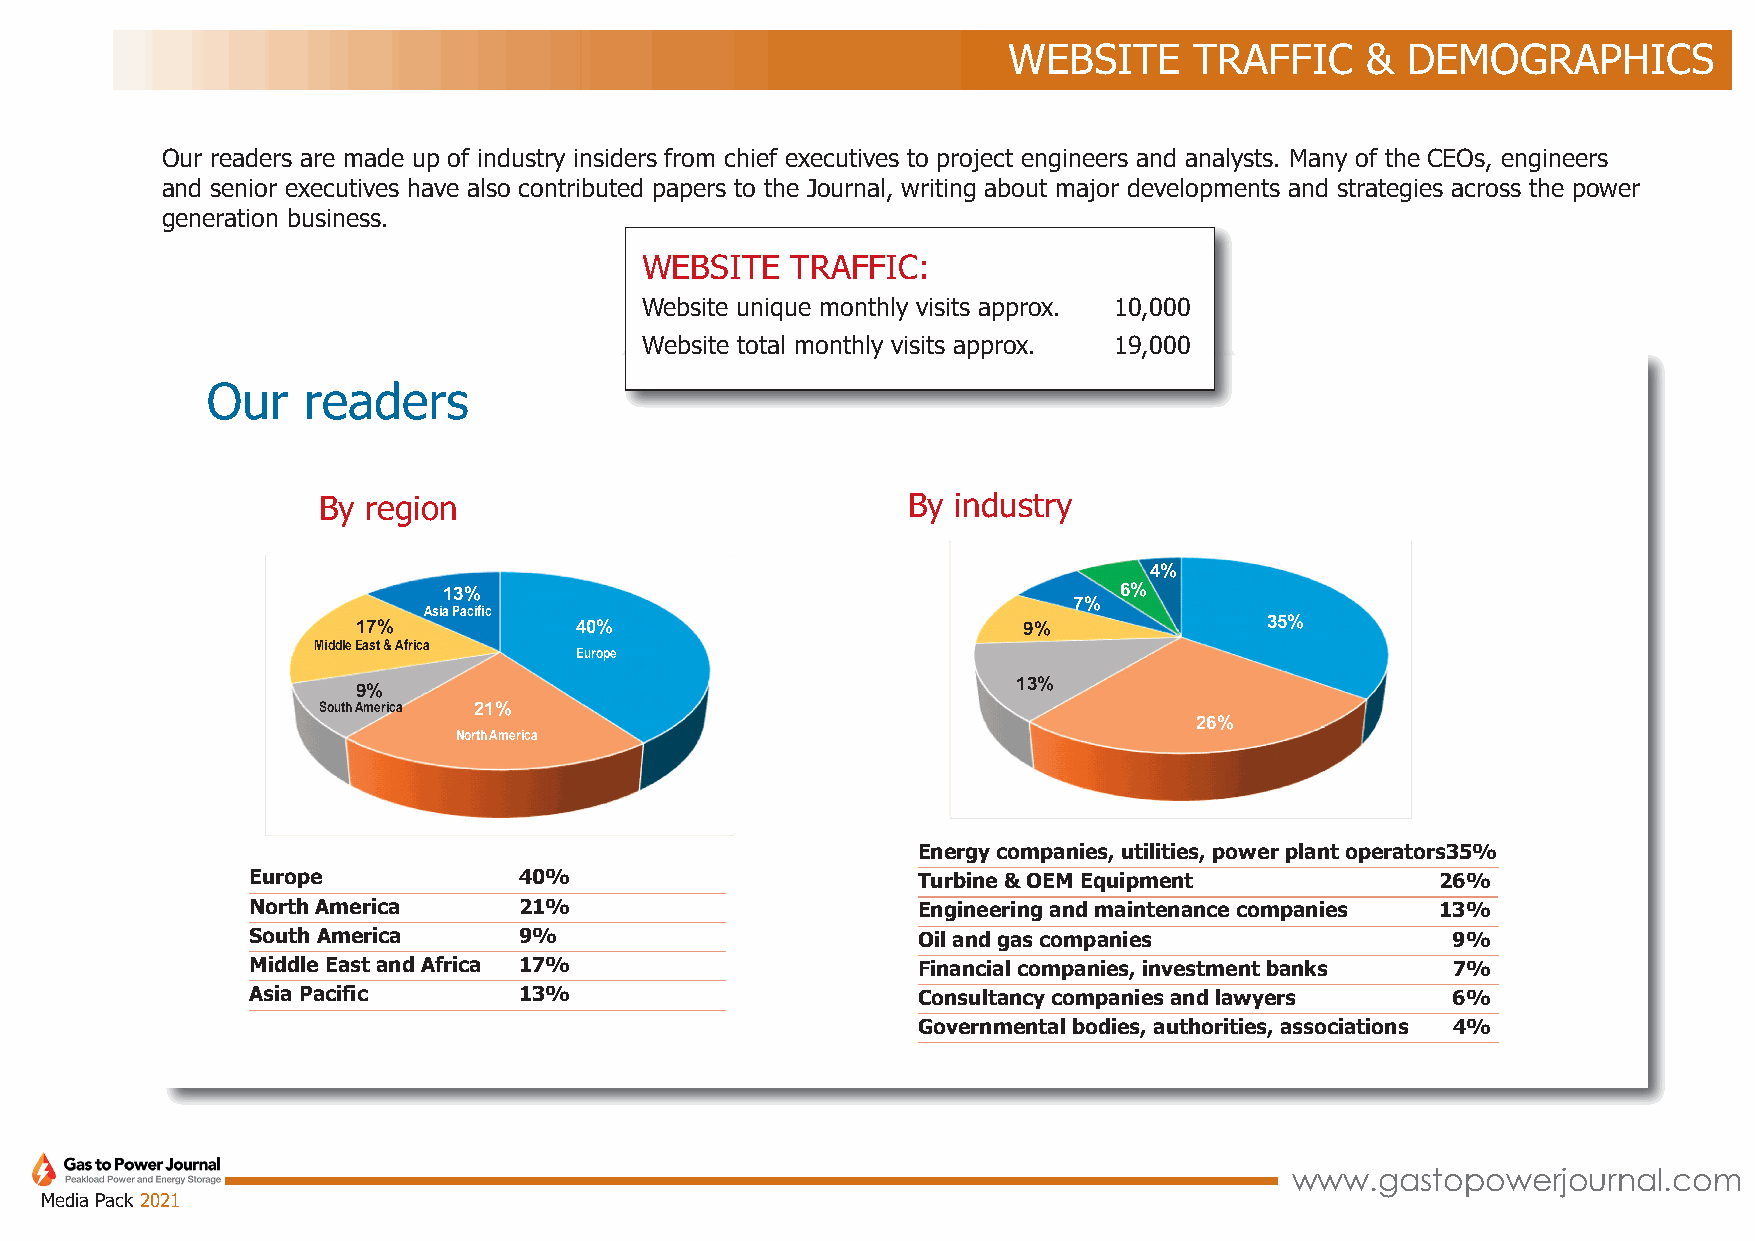
WEBSITE     TRAFFIC    &  DEMOGRAPHICS
 Our readers are made up of industry insiders from chief executives to project engineers and analysts. Many of the CEOs, engineers
 and senior executives have also contributed papers to the Journal, writing about major developments and strategies across the power
 generation business.
 WEBSITE  TRAFFIC:
 Website unique monthly visits approx. 10,000
 Website total monthly visits approx. 19,000
 Our   readers
 By region                              By industry
 4%
 13%                                          6%
 7%
 Asia Pacific
 17%           40%                           9%              35%
 Middle East & Africa
 Europe
 13%
 9%
 South America 21%
 26%
 North America
 Energy companies, utilities, power plant operators35%
 Europe            40%                        Turbine & OEM Equipment           26%
 North America     21%                        Engineering and maintenance companies 13%
 South America     9%                         Oil and gas companies              9%
 Middle East and Africa 17%                   Financial companies, investment banks 7%
 Asia Pacific      13%                        Consultancy companies and lawyers  6%
 Governmental bodies, authorities, associations 4%
 www.gastopowerjournal.com
 Media Pack 2021